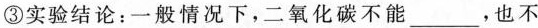
③实验结论：一般情况下，二氧化碳不能___，也不